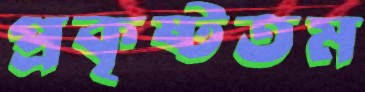
প্রকৃষ্টতম